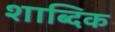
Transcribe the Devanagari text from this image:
शाब्दिक